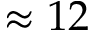
\approx 1 2